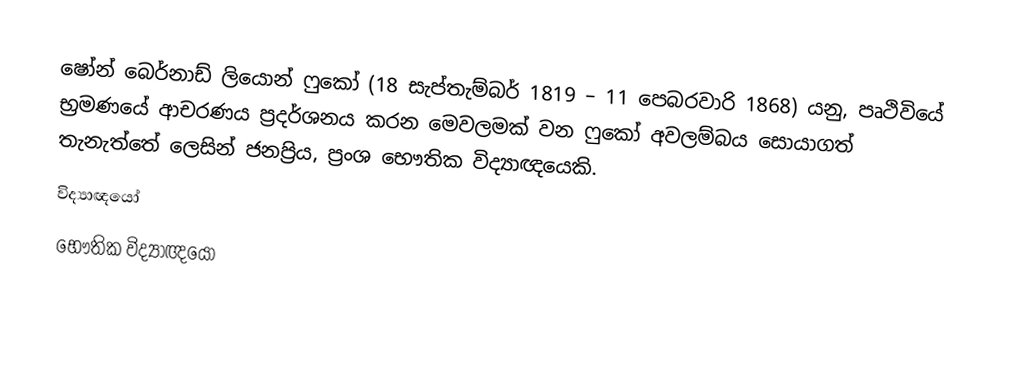
ෂෝන් බෙර්නාඩ් ලියොන් ෆුකෝ (18 සැප්තැම්බර් 1819 – 11 පෙබරවාරි 1868) යනු, පෘථිවියේ   භ්‍රමණයේ ආචරණය ප්‍රදර්ශනය කරන මෙවලමක් වන ෆුකෝ අවලම්බය සොයාගත් තැනැත්තේ ලෙසින් ජනප්‍රිය,  ප්‍රංශ භෞතික විද්‍යාඥයෙකි.
විද්‍යාඥයෝ
භෞතික විද්‍යාඥයෝ